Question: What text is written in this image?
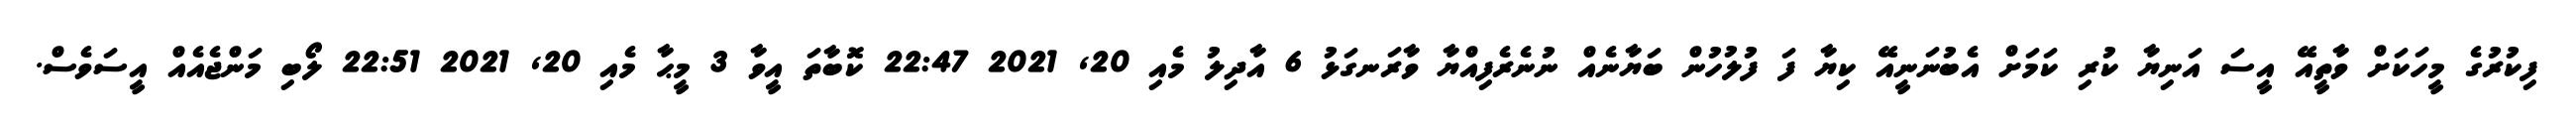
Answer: ފިކުރުގެ މީހަކަށް ވާތީއޭ އީސަ އަނިޔާ ކުރި ކަމަށް އެބުނަނީއޭ ކިޔާ ފަ ފުލުހުން ބަޔާނެއް ނުނެރެފިއްޔާ ވާރަނގަޅު 6 އާދިލު މެއި 20, 2021 22:47 ކޮބާތަ އީވާ 3 މީޙާ މެއި 20, 2021 22:51 ލޯބި މަންޖެއެއް އީސަވެސް.